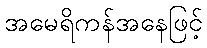
အမေရိကန်အနေဖြင့်